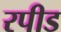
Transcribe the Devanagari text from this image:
रपीड